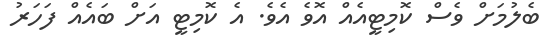
ބެލުމަށް ވެސް ކޮމިޓީއެއް އޮވެ އެވެ. އެ ކޮމިޓީ އަށް ބައެއް ފަހަރު